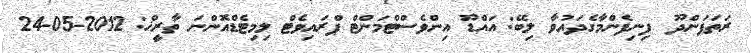
ރަތަފަންދޫ  ފިނިފެންމާގެދައުވާ ލިބޭ: އައްޑޫ އިންވެސްޓްމަންޓް ޕްރައިވެޓް ލިމިޓެޑްއޮންނަ ތާރީޚް: 2012-05-24